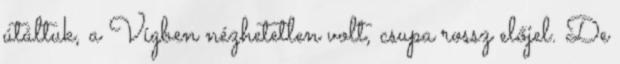
útáltuk, a Vígben nézhetetlen volt, csupa rossz előjel. De